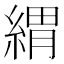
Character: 緭